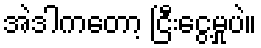
အဲဒါကတော့ ငြီးငွေ့မှုပဲ။